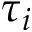
\tau _ { i }